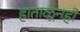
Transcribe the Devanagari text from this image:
हाताळूनही